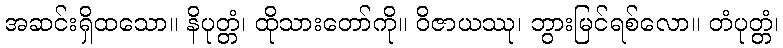
အဆင်းရှိထသော။ နိပုတ္တံ၊ ထိုသားတော်ကို။ ဝိဇာယဿု၊ ဘွားမြင်ရစ်လော။ တံပုတ္တံ၊